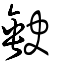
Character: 𡙇